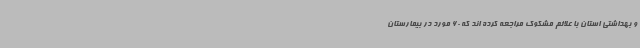
و بهداشتی استان با علائم مشکوک مراجعه کرده اند که 60 مورد در بیمارستان